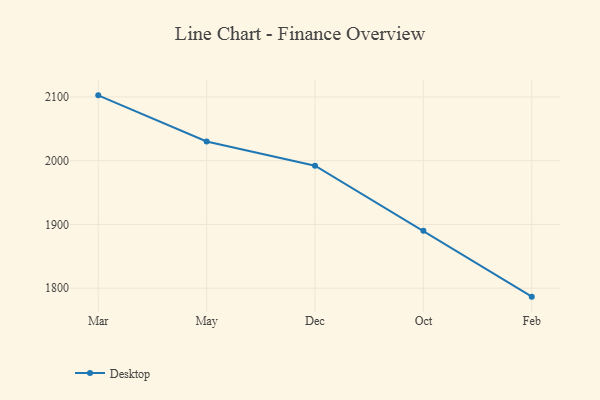
{"axis": {"x": "Month", "y": "Humidity (%)"}, "legend": ["Desktop"], "data": [{"x": "Mar", "y": 2102.5, "type": "Desktop"}, {"x": "May", "y": 2030.2, "type": "Desktop"}, {"x": "Dec", "y": 1992.2, "type": "Desktop"}, {"x": "Oct", "y": 1889.9, "type": "Desktop"}, {"x": "Feb", "y": 1786.7, "type": "Desktop"}]}